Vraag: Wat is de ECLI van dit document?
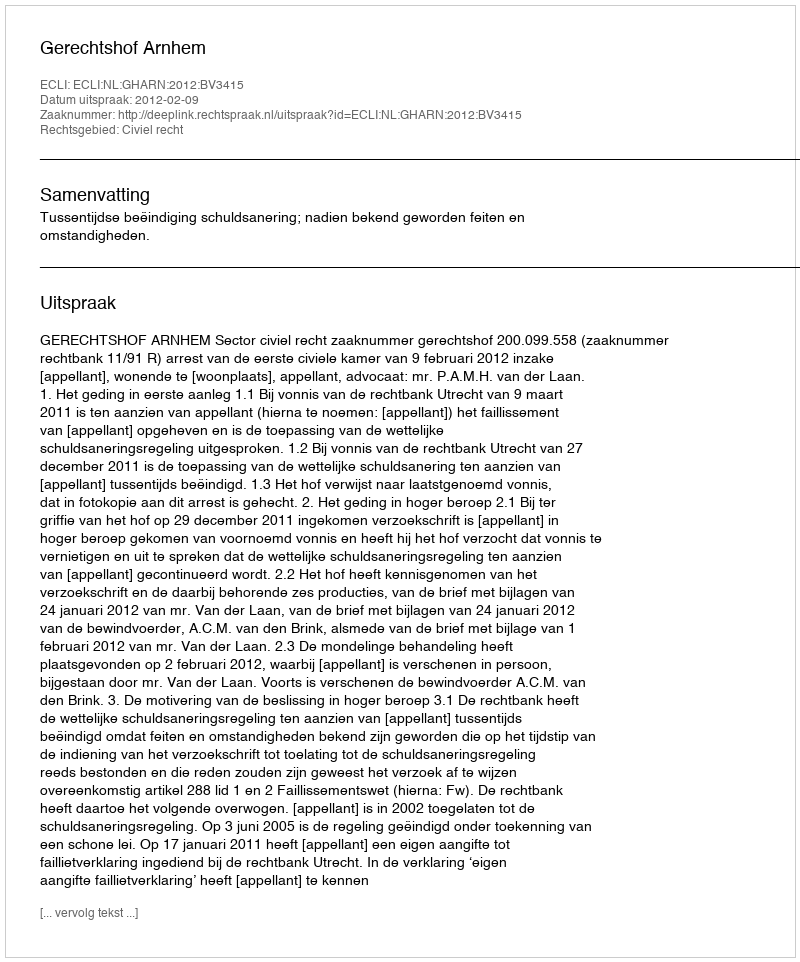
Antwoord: ECLI:NL:GHARN:2012:BV3415